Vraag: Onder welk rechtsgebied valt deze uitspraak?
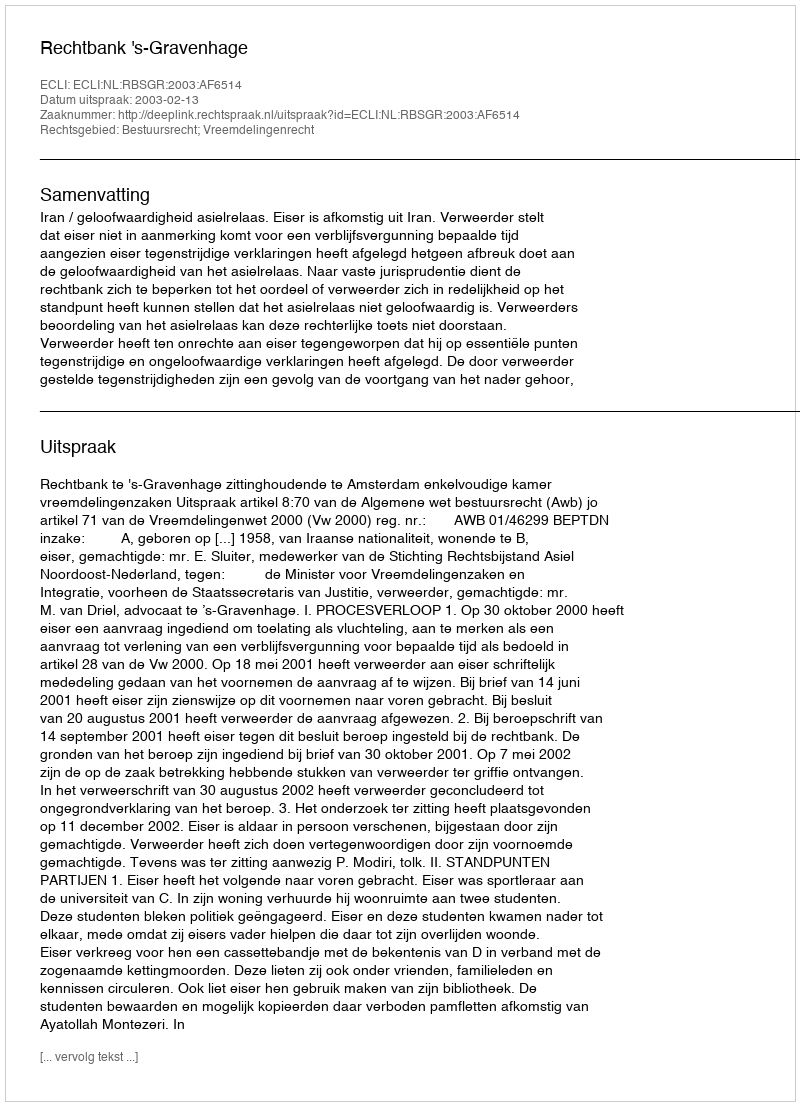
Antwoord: Bestuursrecht; Vreemdelingenrecht